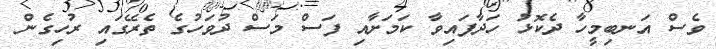
ވެސް އަނބިމީހާ ދެކޮޅު ހަދާފައިވާ ކަމަށާއި ފަސް މަސް ދުވަހުގެ ތެރޭގައި ރުހިގެން